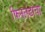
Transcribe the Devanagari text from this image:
फिनलंडाचा